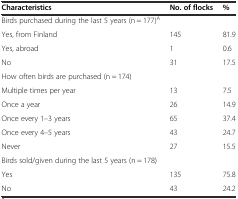
<table><thead><tr><td><b>Characteristics</b></td><td><b>No. of flocks</b></td><td><b>%</b></td></tr></thead><tbody><tr><td>Birds purchased during the last 5 years (n = 177)<sup>A</sup></td><td></td><td></td></tr><tr><td>Yes, from Finland</td><td>145</td><td>81.9</td></tr><tr><td>Yes, abroad</td><td>1</td><td>0.6</td></tr><tr><td>No</td><td>31</td><td>17.5</td></tr><tr><td>How often birds are purchased (n = 174)</td><td></td><td></td></tr><tr><td>Multiple times per year</td><td>13</td><td>7.5</td></tr><tr><td>Once a year</td><td>26</td><td>14.9</td></tr><tr><td>Once every 1–3 years</td><td>65</td><td>37.4</td></tr><tr><td>Once every 4–5 years</td><td>43</td><td>24.7</td></tr><tr><td>Never</td><td>27</td><td>15.5</td></tr><tr><td>Birds sold/given during the last 5 years (n = 178)</td><td></td><td></td></tr><tr><td>Yes</td><td>135</td><td>75.8</td></tr><tr><td>No</td><td>43</td><td>24.2</td></tr></tbody></table>